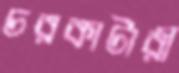
চরকাটারী